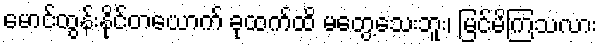
မောင်ထွန်းနိုင်တယောက် ခုထက်ထိ မတွေ့သေးဘူး၊ မြင်မိကြသလား